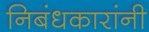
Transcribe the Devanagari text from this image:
निबंधकारांनी